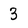
Character: 3